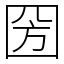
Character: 圀